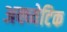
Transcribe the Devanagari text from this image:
अक्व्येटिक